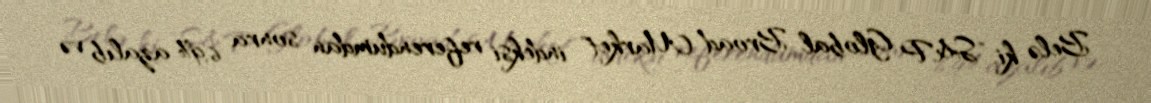
Belə ki, "S&P Global Broad Market" indeksi referendumdan sonra 6,9% azalıb və